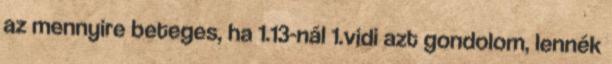
az mennyire beteges, ha 1.13-nál 1.vidi azt gondolom, lennék